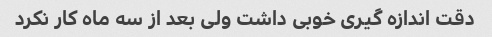
دقت اندازه گیری خوبی داشت ولی بعد از سه ماه کار نکرد